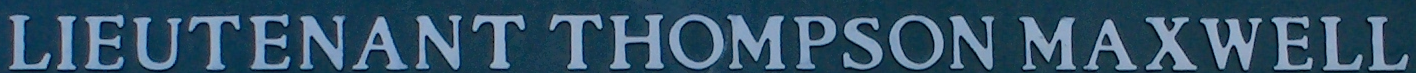
LIEUTENANT THOMPSON MAXWELL